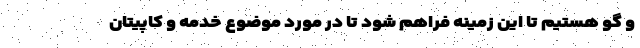
و گو هستیم تا این زمینه فراهم شود تا در مورد موضوع خدمه و کاپیتان